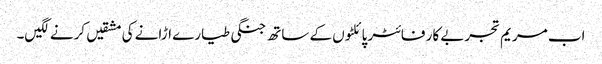
اب مریم تجربے کار فائٹر پائلٹوں کے ساتھ جنگی طیارے اڑانے کی مشقیں کرنے لگیں۔